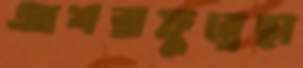
আশরাফুন্নেছা